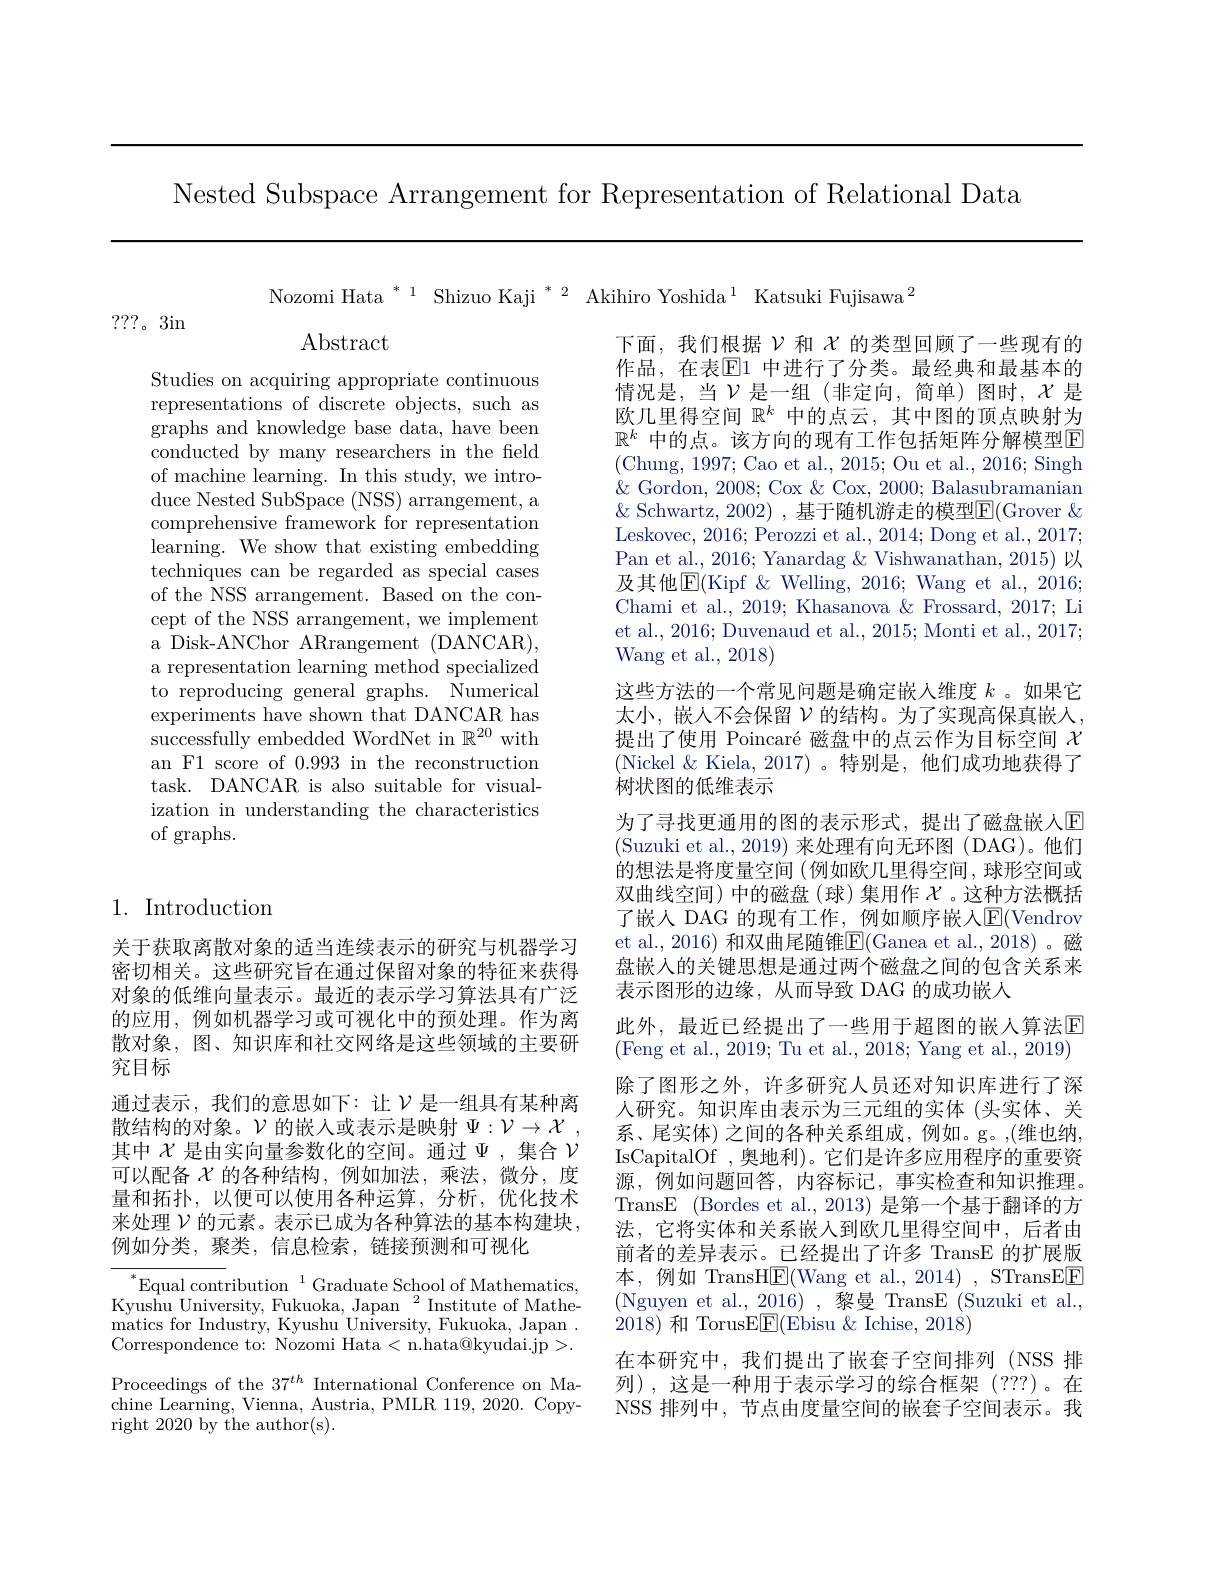
Nested Subspace Arrangement for Representation of Relational Data

Nozomi Hata $^{*}^{1}$ Shizuo Kaji $^{*}^{2}$ Akihiro Yoshida$^{1}$ Katsuki Fujisawa$^{2}$

???。3in

Abstract

Studies on acquiring appropriate continuous representations of discrete objects, such as graphs and knowledge base data, have been conducted by many researchers in the field of machine learning. In this study, we introduce Nested SubSpace (NSS) arrangement, a comprehensive framework for representation learning. We show that existing embedding techniques can be regarded as special cases of the NSS arrangement. Based on the concept of the NSS arrangement, we implement a Disk-ANChor ARrangement (DANCAR), a representation learning method specialized to reproducing general graphs. $\bar{\text{Numerical}}$ $\bar{\text{experiments have shown that DANCAR has}}$ successfully embedded WordNet in $\mathbb{R}^{20}$ with an F1 score of 0.993 in the reconstruction task. DANCAR is also suitable for visualization in understanding the characteristics of graphs.

下面，我们根据$\nu$和$\chi$的类型回顾了一些现有的作品，在表$\mathbb{E}$1 中进行了分类。最经典和最基本的情况是，当$\mathcal{V}$是一组(非定向，简单)图时，$\mathcal{X}$ 是欧几里得空间$\mathbb{R}^k$中的点云，其中图的顶点映射为$\mathbb{R}^k$ 中的点。该方向的现有工作包括矩阵分解模型$\mathbb{E}$ (Chung, 1997; Cao et al., 2015; Ou et al., 2016; Singh $\&$ Gordon, 2008; Cox $\&$ Cox, 2000; Balasubramanian $\&$ Schwartz, 2002),基于随机游走的模型$\mathbb{E}($Grover $\&$ Leskovec, 2016; Perozzi et al., 2014; Dong et al., 2017; Pan et al., 2016; Yanardag & Vishwanathan, 2015) 以及其他$\underline{\mathrm{E}}($Kipf &Welling, 2016; Wang et al., 2016; Chami et al., 2019; Khasanova & Frossard, 2017; Li et al., 2016; Duvenaud et al., 2015; Monti et al., 2017; Wang et al., 2018)
这些方法的一个常见问题是确定嵌入维度$k$ 。如果它太小，嵌人不会保留 $\mathcal{V}$ 的结构。为了实现高保真嵌人， 提出了使用 Poincaré 磁盘中的点云作为目标空间$\chi$ (Nickel & Kiela, 2017)。特别是，他们成功地获得了树状图的低维表示
为了寻找更通用的图的表示形式，提出了磁盘嵌人$\mathbb{E}$ (Suzuki et al., 2019) 来处理有向无环图 (DAG)。他们的想法是将度量空间 (例如欧几里得空间，球形空间或双曲线空间)中的磁盘(球)集用作$\chi$。这种方法概括了嵌人 DAG 的现有工作，例如顺序嵌人$\operatorname{E}($Vendrov et al., 2016) 和双曲尾随锥E(Ganea et al., 2018)。磁盘嵌入的关键思想是通过两个磁盘之间的包含关系来表示图形的边缘，从而导致 DAG 的成功嵌人
此外，最近已经提出了一些用于超图的嵌人算法$\mathbb{E}$ (Feng et al., 2019; Tu et al., 2018; Yang et al., 2019) 除了图形之外，许多研究人员还对知识库进行了深人研究。知识库由表示为三元组的实体(头实体、关系、尾实体) 之间的各种关系组成，例如。g。,(维也纳， IsCapitalOf , 奥地利)。它们是许多应用程序的重要资源，例如问题回答，内容标记，事实检查和知识推理。TransE (Bordes et al., 2013) 是第一个基于翻译的方法，它将实体和关系嵌入到欧几里得空间中，后者由前者的差异表示。已经提出了许多 TransE 的扩展版本，例如 TransH$\underline{\mathrm{F}}($Wang et al., 2014), STransEE (Nguyen et al., 2016) , 黎曼 TransE (Suzuki et al., 2018)和 TorusE$\boxed{\mathrm{F}}($Ebisu $\&$ Ichise, 2018)
在本研究中，我们提出了嵌套子空间排列(NSS 排列),这是一种用于表示学习的综合框架(???)。在NSS 排列中，节点由度量空间的嵌套子空间表示。我

## 1. Introduction

关于获取离散对象的适当连续表示的研究与机器学习密切相关。这些研究旨在通过保留对象的特征来获得对象的低维向量表示。最近的表示学习算法具有广泛的应用，例如机器学习或可视化中的预处理。作为离散对象，图、知识库和社交网络是这些领域的主要研究目标
通过表示，我们的意思如下：让$\nu$是一组具有某种离散结构的对象。$\mathcal{V}$的嵌入或表示是映射$\Psi : \mathcal{V} \to \mathcal{X}$ , 其中$\chi$是由实向量参数化的空间。通过$\Psi$ ,集合$\mathcal{V}$ 可以配备$\chi$ 的各种结构，例如加法，乘法，微分，度量和拓扑，以便可以使用各种运算，分析，优化技术来处理$\mathcal{V}$的元素。表示已成为各种算法的基本构建块， 例如分类，聚类，信息检索，链接预测和可视化

$^*$Equal contribution$^1$Graduate School of Mathematics, $\hat{\text{Kyushu University, Fukuoka, Japan}}^{2}$Institute of Mathematics for Industry, Kyushu University, Fukuoka, Japan . Correspondence to: Nozomi Hata< n.hata@kyudai.jp>. Proceedings of the $37^{th}$ International Conference on Machine Learning, Vienna, Austria, PMLR 119, 2020. Copyright 2020 by the author(s)